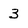
Character: 3